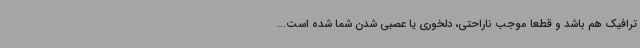
ترافیک هم باشد و قطعاً موجب ناراحتی، دلخوری یا عصبی شدن شما شده است...